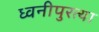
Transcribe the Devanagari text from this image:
ध्वनीपुरत्या